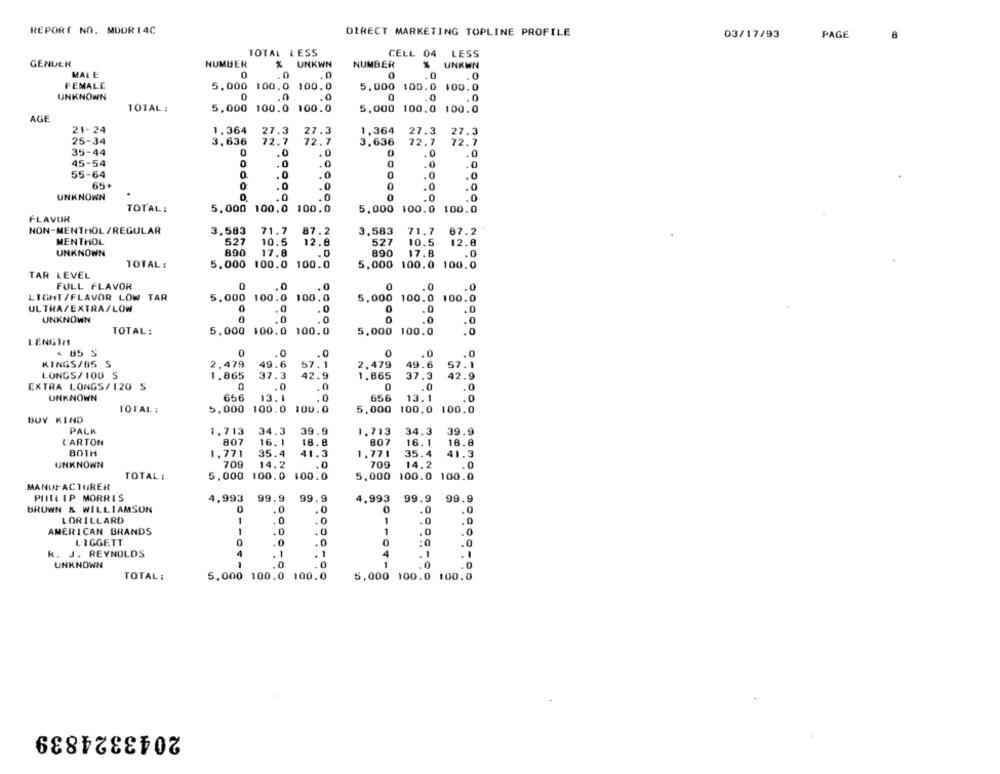
REPORT NO. MUDR 14C
DIRECT MARKETING TOPLINE PROFILE
03/17/93
PAGE
TOTAL LESS
CELL 04
LESS
GENUER
NUMBER
UNKWN
NUMBER
UNKWN
MAL E
0
.0
0
.0
.0
I'EMALE
5.000 100.0 100.0
5.000 100.0 100.0
UNKNOWN
.0
0
.0
.0
101AL :
5,000 100.0 100.0
5,000
100.0 100.0
AGE
21-24
1,364
27.3
27.3
1,364
27.3
27.3
25-34
3,636
72.7
72.7
3.636
72.7
72.7
35-44
0
.0
.0
0
.0
.0
45-54
0
.0
.0
0
.0
.0
55-64
0
.0
0
0
.0
65+
.0
.0
0
UNKNOWN
.0
.0
TOTAL:
5.000 100.0
100.0
5,000 100.0 100.0
FLAVOR
NON-MENTHOL /REGULAR
3,583
71.7
87.2
3,583
71.7
07.2
MENTHOL
527
12.8
10.5
527
10.5
UNKNOWN
890
17.8
890
17.8
.0
TOTAL:
5.000 100.0 100.0
5.000 100.0 100.0
TAR LEVEL
FULL FLAVOR
0
.0
.0
0
.0
.0
LIGHT/FLAVOR LOW TAR
5.000 100.0 100.0
5,000 100.0 100.0
ULTRA/EXTRA/LOW
.0
.0
0
.Q
.0
UNKNOWN
.0
0
.0
.0
TOTAL:
5,000 100.0 100.0
5,000 100.0
.0
LENGTE
4 85 S
0
.0
0
.0
.0
KINGS/85 S
2,479
49.6
57.1
2,479
49.6
57.1
LONGS/LOU S
1.865
37.3
42.9
1.865
37.3
42.9
EXTRA LONGS/120 S
.0
.0
0
.0
.0
UNKNOWN
656
13.1
.0
656
13.1
TOTAL :
5.000 100.0
100.0
5,000 100.0 100.0
BUY KIND
PACK
1.713
34.3
39.9
1.713
34.3
39.9
CARTON
807
16.1
18.8
16.1
16.8
807
BOTH
1.771
35.4
41.3
1,771
35.4
41.3
UNKNOWN
709
14.2
.0
709
14.2
.0
TOTAL :
5.000 100.0 100.0
5.000 100.0 100.0
MANUFACTURER
PHILLIP MORRIS
4,993
99.9
99.9
4,993
BROWN & WILLIAMSON
.0
0
LORILLARD
0
1
-
.
AMERICAN BRANDS
1
1
LIGGETT
K. J. REYNOLDS
-
UNKNOWN
1
77
TOTAL :
5,000 100.0 100.0
5,000 100.0 100.0
2043324839